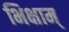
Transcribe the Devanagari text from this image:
भिक्षाम्